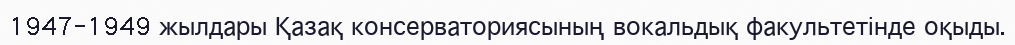
1947-1949 жылдары Қазақ консерваториясының вокальдық факультетінде оқыды.